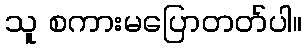
သူ စကားမပြောတတ်ပါ။